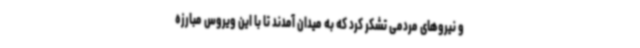
و نیروهای مردمی تشکر کرد که به میدان آمدند تا با این ویروس مبارزه